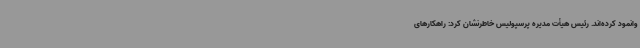
وانمود کرده‌اند. رئیس هیأت مدیره پرسپولیس خاطرنشان کرد: راهکارهای